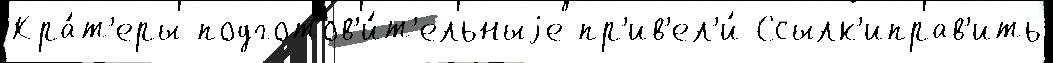
Кра́т'еры подготов'и́т'ельныjе пр'ив'ел'и́ Ссылк'иправ'ить